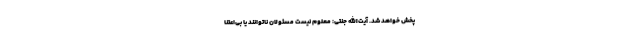
پخش خواهد شد. آیت‌الله جنتی: معلوم نیست مسئولان ناتوانند یا بی‌اعتنا